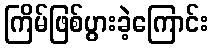
ကြိမ်ဖြစ်ပွားခဲ့ကြောင်း